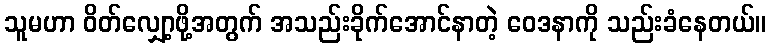
သူမဟာ ဝိတ်လျှော့ဖို့အတွက် အသည်းခိုက်အောင်နာတဲ့ ဝေဒနာကို သည်းခံနေတယ်။